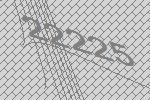
22225